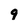
Character: 9